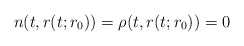
\begin{align*}n(t,r(t;r_{0}))=\rho(t,r(t;r_{0}))=0\end{align*}